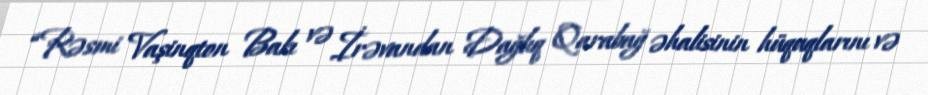
“Rəsmi Vaşinqton Bakı və İrəvandan Dağlıq Qarabağ əhalisinin hüquqlarını və